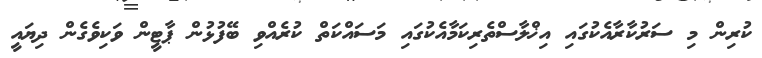
ކުރިން މި ސަރުކާރާއެކުގައި އިޚްލާސްތެރިކަމާއެކުގައި މަސައްކަތް ކުރެއްވި ބޭފުޅުން ޕާޓީން ވަކިވެގެން ދިޔައީ